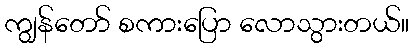
ကျွန်တော် စကားပြော လောသွားတယ်။